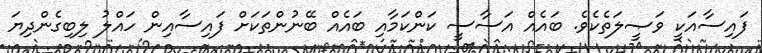
ފައިސާއަކީ ވަޞީލަތެކެވެ. ބައެއް އަސާސީ ކަންކަމާއި ބައެއް ބޭނުންތަކަށް ފައިސާއިން ހައްލު ލިބިގެންދިޔަ